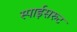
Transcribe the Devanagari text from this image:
स्पाईसरुट